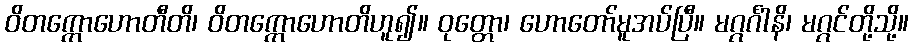
ဝိတက္ကောဟောတီတိ၊ ဝိတက္ကောဟောတိဟူ၍။ ဝုတ္တော၊ ဟောတော်မူအပ်ပြီ။ မဂ္ဂင်္ဂါနိ၊ မဂ္ဂင်တို့သို့။